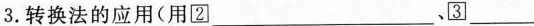
3.转换法的应用(用\square{2}___、\square{3}___